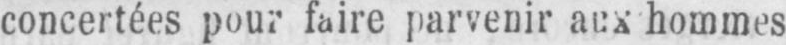
concertées pour faire parvenir aux hommes